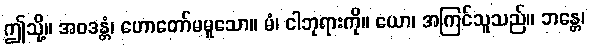
ဤသို့။ အဝဒန္တံ၊ ဟောတော်မမူသော။ မံ၊ ငါဘုရားကို။ ယော၊ အကြင်သူသည်။ ဘန္တေ၊